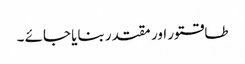
طاقتور اور مقتدر بنایا جائے ۔